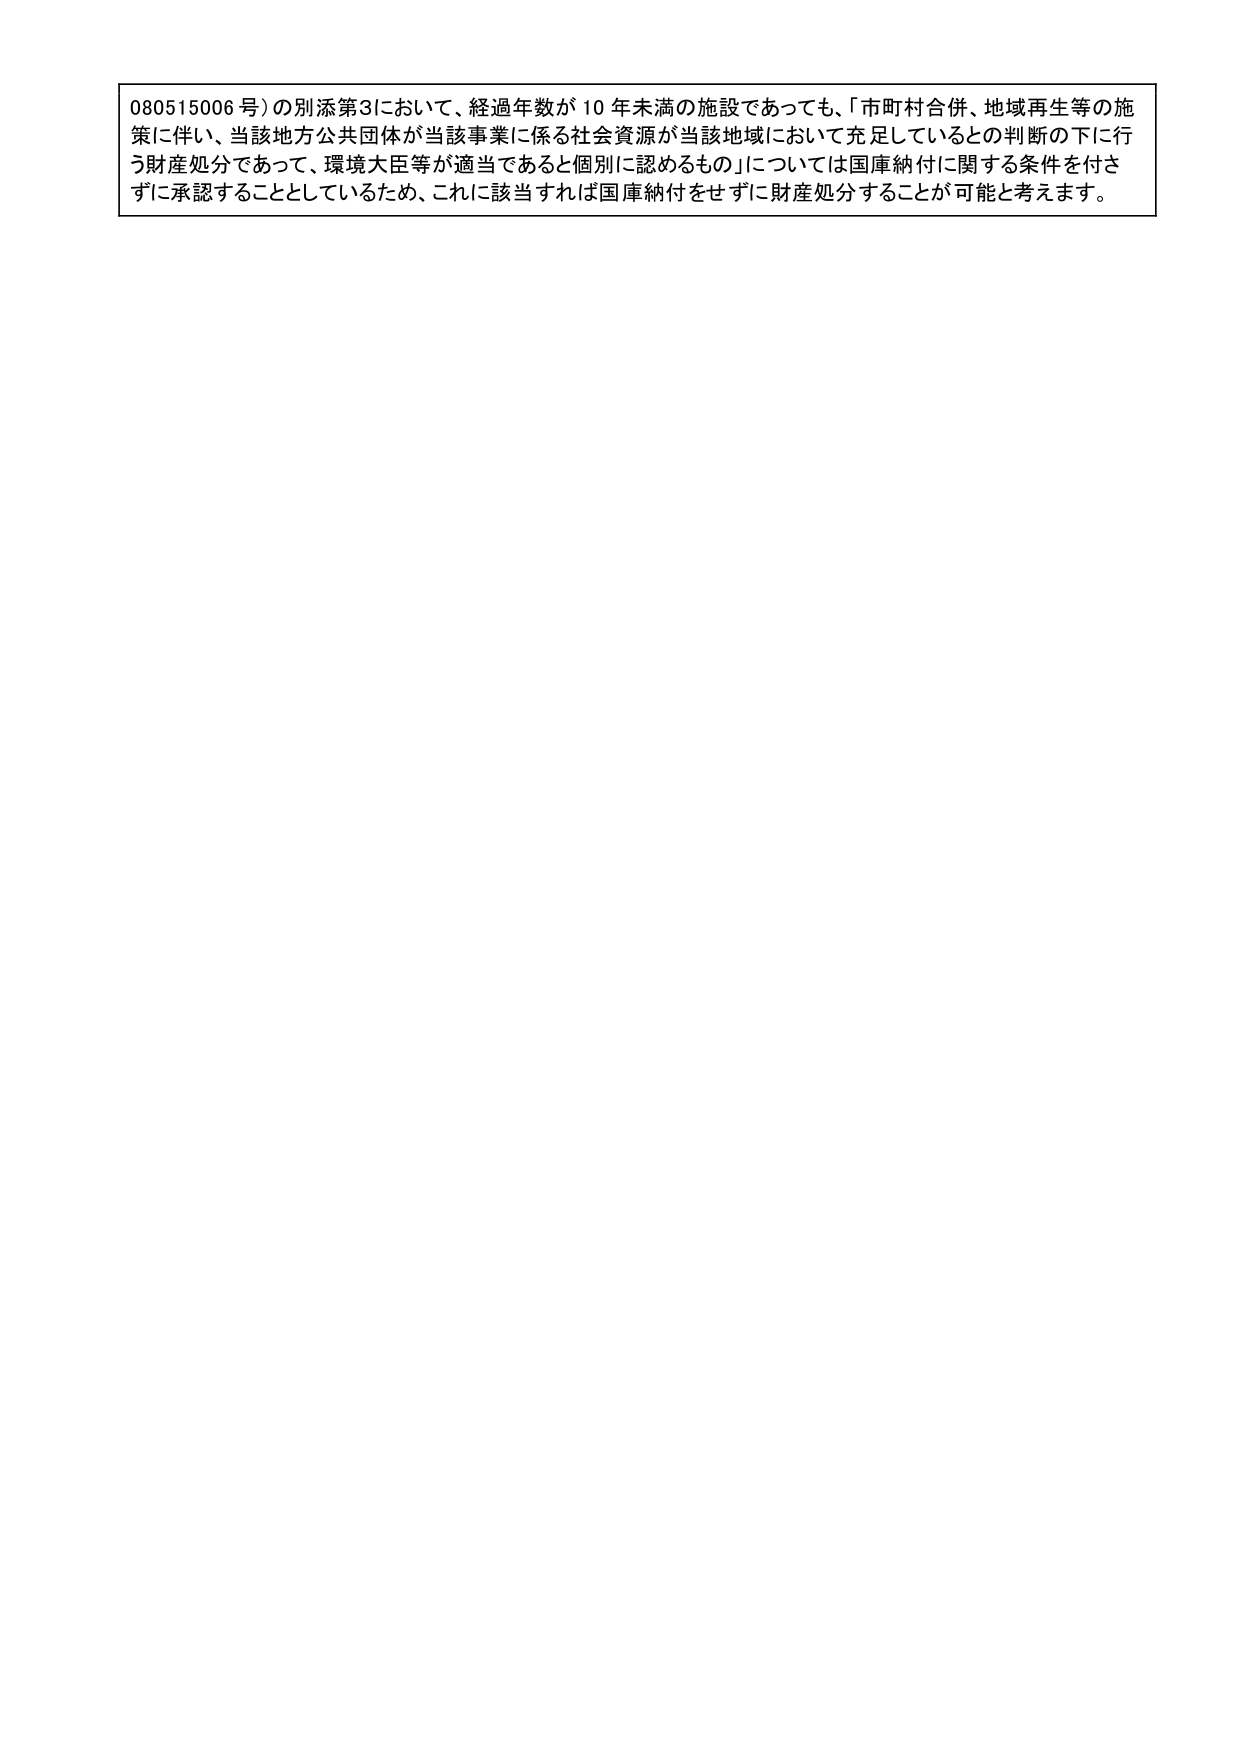
080515006号)の別添第3において、経過年数が10年未満の施設であっても、「市町村合併、地域再生等の施策に伴い、当該地方公共団体が当該事業に係る社会資源が当該地域において充足しているとの判断の下に行う財産処分であって、環境大臣等が適当であると個別に認めるもの」については国庫納付に関する条件を付さずに承認することとしているため、これに該当すれば国庫納付をせずに財産処分することが可能と考えます。